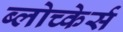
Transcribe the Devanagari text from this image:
ब्लोच्केर्स